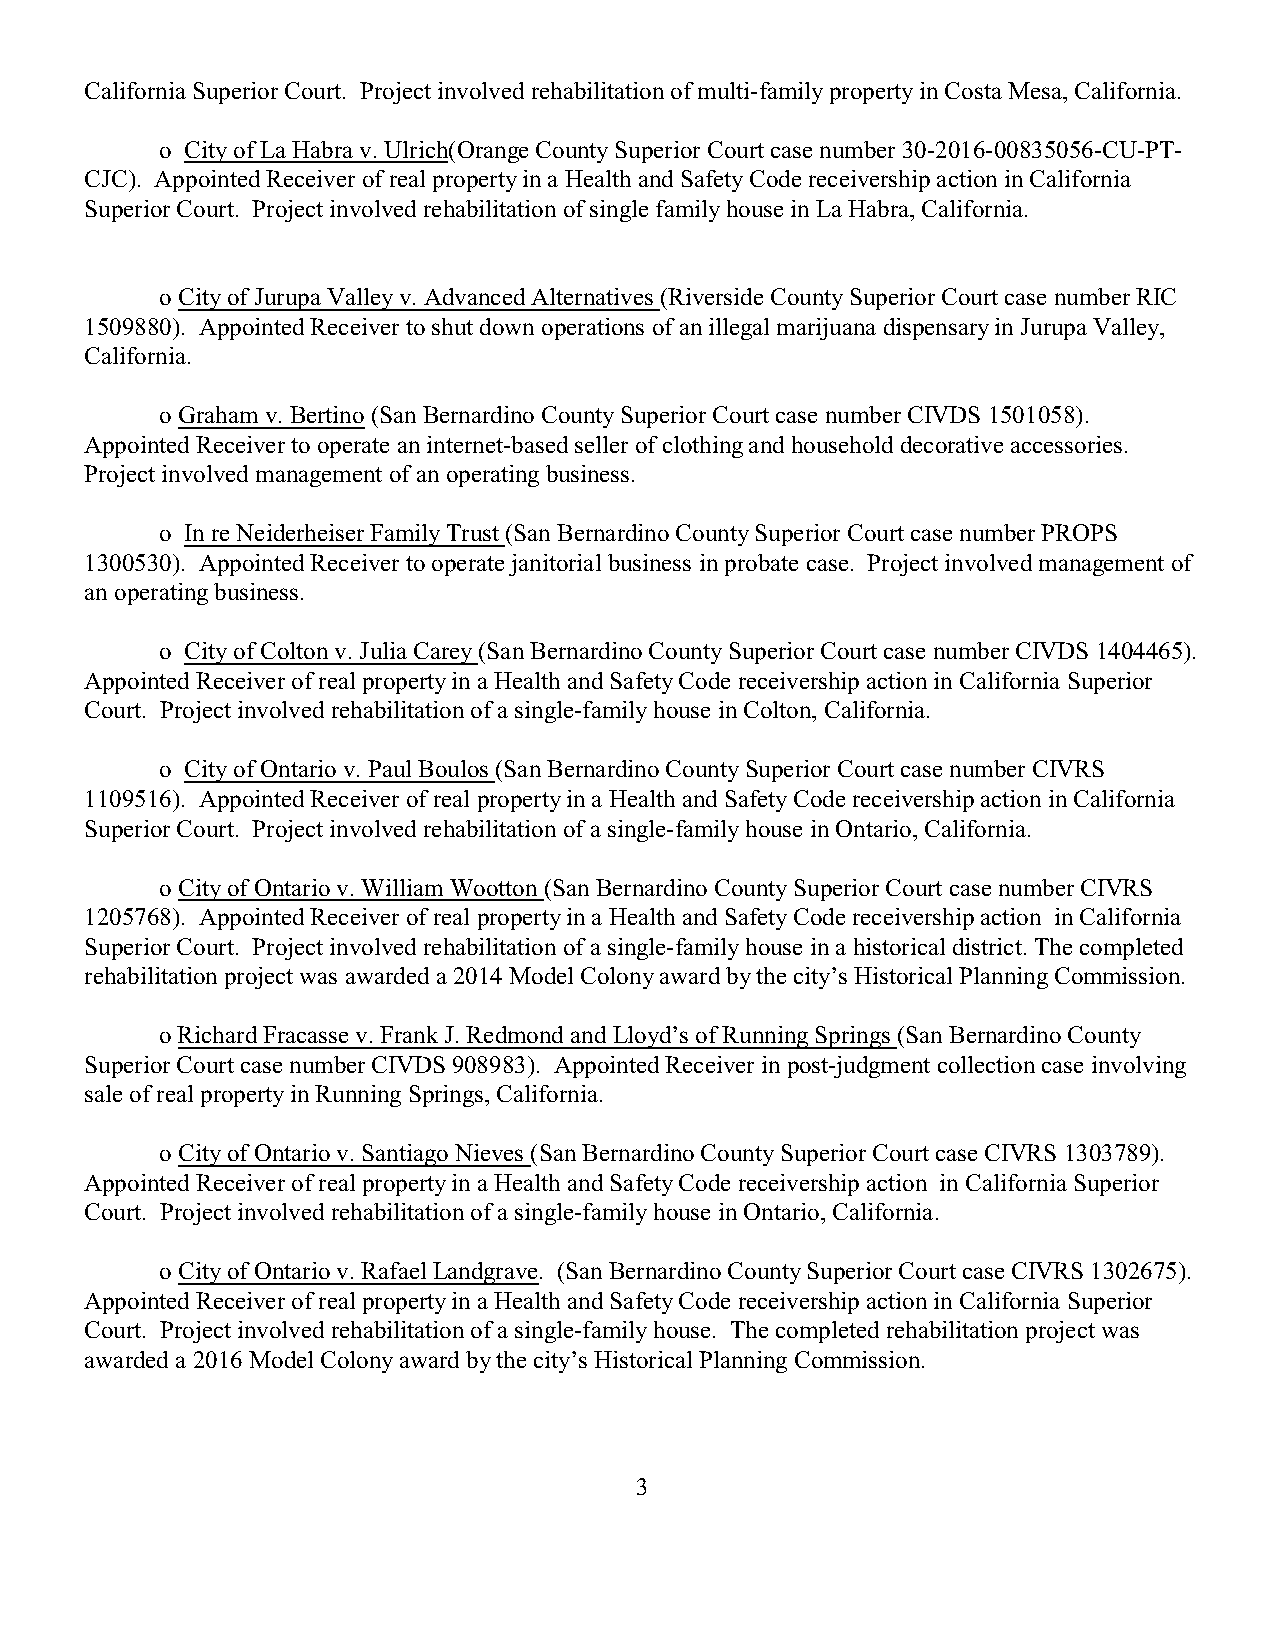
California Superior Court. Project involved rehabilitation of multi-family property in Costa Mesa, California.
 o City of La Habra v. Ulrich(Orange County Superior Court case number 30-2016-00835056-CU-PT-
 CJC). Appointed Receiver of real property in a Health and Safety Code receivership action in California
 Superior Court. Project involved rehabilitation of single family house in La Habra, California.
 o City of Jurupa Valley v. Advanced Alternatives (Riverside County Superior Court case number RIC
 1509880). Appointed Receiver to shut down operations of an illegal marijuana dispensary in Jurupa Valley,
 California.
 o Graham v. Bertino (San Bernardino County Superior Court case number CIVDS 1501058).
 Appointed Receiver to operate an internet-based seller of clothing and household decorative accessories.
 Project involved management of an operating business.
 o In re Neiderheiser Family Trust (San Bernardino County Superior Court case number PROPS
 1300530). Appointed Receiver to operate janitorial business in probate case. Project involved management of
 an operating business.
 o City of Colton v. Julia Carey (San Bernardino County Superior Court case number CIVDS 1404465).
 Appointed Receiver of real property in a Health and Safety Code receivership action in California Superior
 Court. Project involved rehabilitation of a single-family house in Colton, California.
 o City of Ontario v. Paul Boulos (San Bernardino County Superior Court case number CIVRS
 1109516). Appointed Receiver of real property in a Health and Safety Code receivership action in California
 Superior Court. Project involved rehabilitation of a single-family house in Ontario, California.
 o City of Ontario v. William Wootton (San Bernardino County Superior Court case number CIVRS
 1205768). Appointed Receiver of real property in a Health and Safety Code receivership action in California
 Superior Court. Project involved rehabilitation of a single-family house in a historical district. The completed
 rehabilitation project was awarded a 2014 Model Colony award by the city’s Historical Planning Commission.
 o Richard Fracasse v. Frank J. Redmond and Lloyd’s of Running Springs (San Bernardino County
 Superior Court case number CIVDS 908983). Appointed Receiver in post-judgment collection case involving
 sale of real property in Running Springs, California.
 o City of Ontario v. Santiago Nieves (San Bernardino County Superior Court case CIVRS 1303789).
 Appointed Receiver of real property in a Health and Safety Code receivership action in California Superior
 Court. Project involved rehabilitation of a single-family house in Ontario, California.
 o City of Ontario v. Rafael Landgrave. (San Bernardino County Superior Court case CIVRS 1302675).
 Appointed Receiver of real property in a Health and Safety Code receivership action in California Superior
 Court. Project involved rehabilitation of a single-family house. The completed rehabilitation project was
 awarded a 2016 Model Colony award by the city’s Historical Planning Commission.
 3